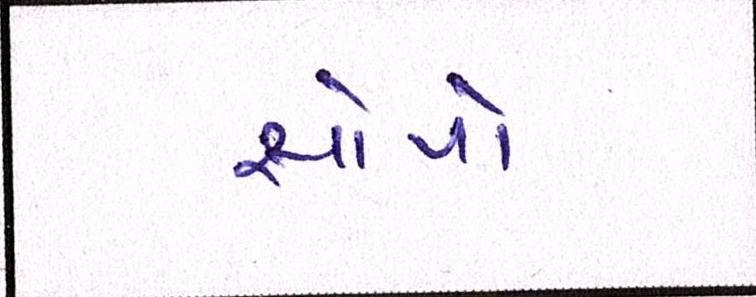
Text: સોપો